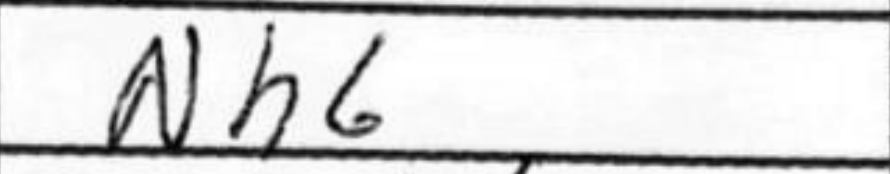
Transcription: Nh6